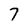
Character: 7